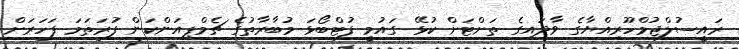
ރައީސުލްޖުމްހޫރިއްޔާގެ ވާދައިގެ ތަށްޓަށް ކުޅޭ ގައުމީ ފުޓްބޯޅަ މުބާރާތުގެ ޗެމްޕިއަންކަން ފުރަތަމަ ފަހަރަށް